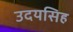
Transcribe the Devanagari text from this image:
उदयसिह